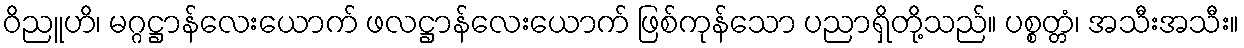
ဝိညူဟိ၊ မဂ္ဂဋ္ဌာန်လေးယောက် ဖလဋ္ဌာန်လေးယောက် ဖြစ်ကုန်သော ပညာရှိတို့သည်။ ပစ္စတ္တံ၊ အသီးအသီး။